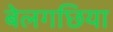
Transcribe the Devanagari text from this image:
बेलगछिया